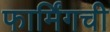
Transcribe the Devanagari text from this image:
फार्मिंगची